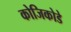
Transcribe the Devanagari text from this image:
कोजिकोडे